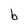
Character: b